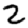
Digit: 2